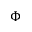
\boldsymbol { \Phi }